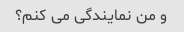
و من نمایندگی می کنم؟